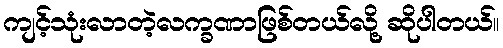
ကျင့်သုံးလာတဲ့လက္ခဏာဖြစ်တယ်လို့ ဆိုပါတယ်။